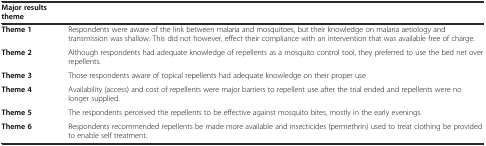
<table><thead><tr><td><b>Major results theme</b></td><td></td></tr></thead><tbody><tr><td><b>Theme 1</b></td><td>Respondents were aware of the link between malaria and mosquitoes, but their knowledge on malaria aetiology and transmission was shallow. This did not however, effect their compliance with an intervention that was available free of charge.</td></tr><tr><td><b>Theme 2</b></td><td>Although respondents had adequate knowledge of repellents as a mosquito control tool, they preferred to use the bed net over repellents.</td></tr><tr><td><b>Theme 3</b></td><td>Those respondents aware of topical repellents had adequate knowledge on their proper use</td></tr><tr><td><b>Theme 4</b></td><td>Availability (access) and cost of repellents were major barriers to repellent use after the trial ended and repellents were no longer supplied.</td></tr><tr><td><b>Theme 5</b></td><td>The respondents perceived the repellents to be effective against mosquito bites, mostly in the early evenings.</td></tr><tr><td><b>Theme 6</b></td><td>Respondents recommended repellents be made more available and insecticides (permethrin) used to treat clothing be provided to enable self treatment.</td></tr></tbody></table>